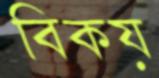
বিকয়